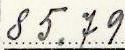
85.79